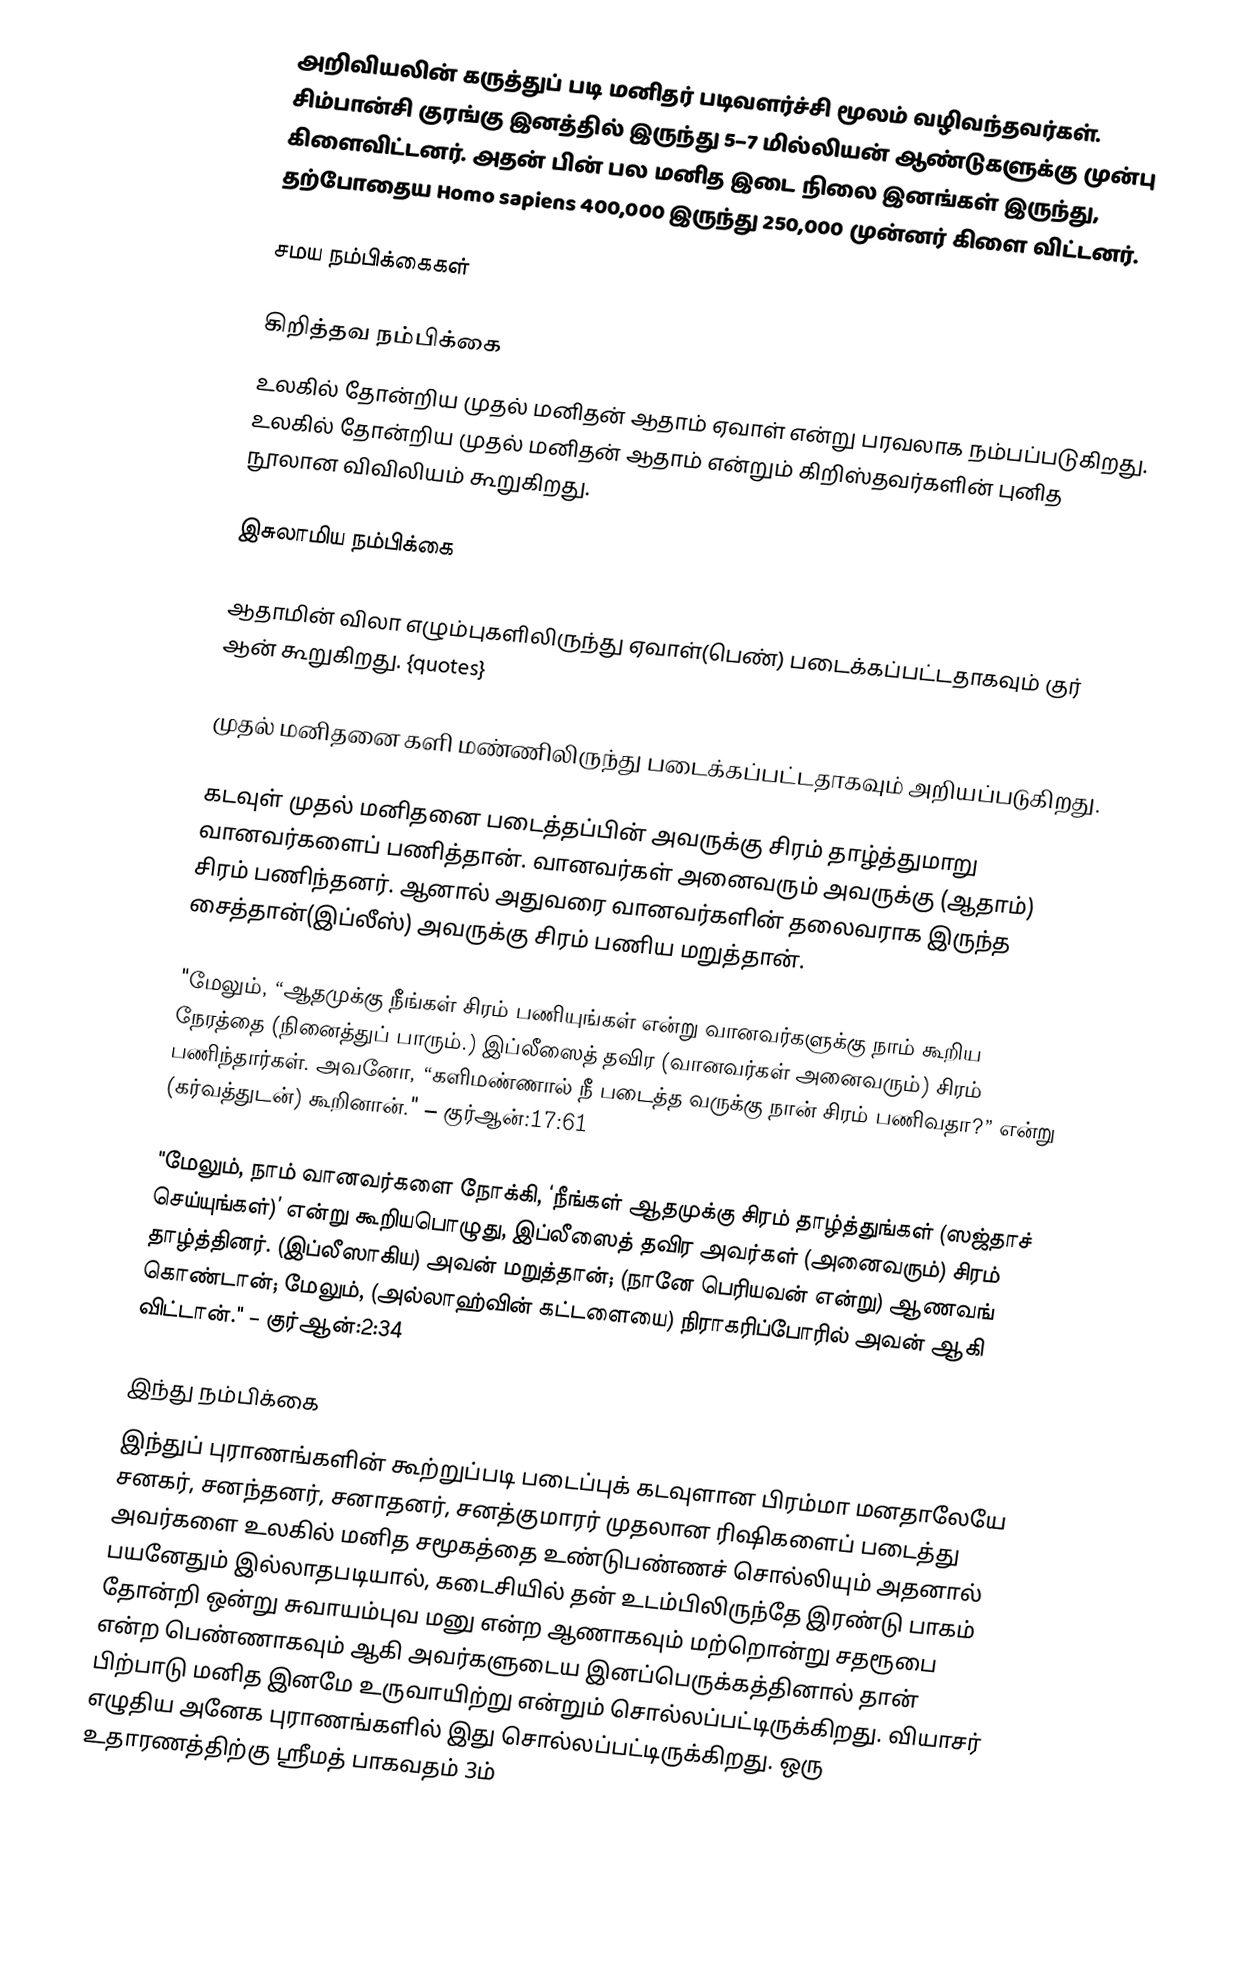
அறிவியலின் கருத்துப் படி மனிதர் படிவளர்ச்சி மூலம் வழிவந்தவர்கள். சிம்பான்சி குரங்கு இனத்தில் இருந்து 5–7 மில்லியன் ஆண்டுகளுக்கு முன்பு கிளைவிட்டனர். அதன் பின் பல மனித இடை நிலை இனங்கள் இருந்து, தற்போதைய Homo sapiens 400,000 இருந்து 250,000 முன்னர் கிளை விட்டனர்.

சமய நம்பிக்கைகள்

கிறித்தவ நம்பிக்கை
உலகில் தோன்றிய முதல் மனிதன் ஆதாம் ஏவாள் என்று பரவலாக நம்பப்படுகிறது. உலகில் தோன்றிய முதல் மனிதன் ஆதாம் என்றும் கிறிஸ்தவர்களின் புனித நூலான விவிலியம் கூறுகிறது.

இசுலாமிய நம்பிக்கை

ஆதாமின் விலா எழும்புகளிலிருந்து ஏவாள்(பெண்) படைக்கப்பட்டதாகவும் குர் ஆன் கூறுகிறது. {quotes}

முதல் மனிதனை களி மண்ணிலிருந்து படைக்கப்பட்டதாகவும் அறியப்படுகிறது.

கடவுள் முதல் மனிதனை படைத்தப்பின் அவருக்கு சிரம் தாழ்த்துமாறு வானவர்களைப் பணித்தான். வானவர்கள் அனைவரும் அவருக்கு (ஆதாம்) சிரம் பணிந்தனர். ஆனால் அதுவரை வானவர்களின் தலைவராக இருந்த சைத்தான்(இப்லீஸ்) அவருக்கு சிரம் பணிய மறுத்தான்.

"மேலும், “ஆதமுக்கு நீங்கள் சிரம் பணியுங்கள் என்று வானவர்களுக்கு நாம் கூறிய நேரத்தை (நினைத்துப் பாரும்.) இப்லீஸைத் தவிர (வானவர்கள் அனைவரும்) சிரம் பணிந்தார்கள். அவனோ, “களிமண்ணால் நீ படைத்த வருக்கு நான் சிரம் பணிவதா?” என்று (கர்வத்துடன்) கூறினான்." – குர்ஆன்:17:61

"மேலும், நாம் வானவர்களை நோக்கி, ‘நீங்கள் ஆதமுக்கு சிரம் தாழ்த்துங்கள் (ஸஜ்தாச் செய்யுங்கள்)’ என்று கூறியபொழுது, இப்லீஸைத் தவிர அவர்கள் (அனைவரும்) சிரம் தாழ்த்தினர். (இப்லீஸாகிய) அவன் மறுத்தான்; (நானே பெரியவன் என்று) ஆணவங் கொண்டான்; மேலும், (அல்லாஹ்வின் கட்டளையை) நிராகரிப்போரில் அவன் ஆகி விட்டான்." – குர்ஆன்:2:34

இந்து நம்பிக்கை
இந்துப் புராணங்களின் கூற்றுப்படி படைப்புக் கடவுளான பிரம்மா மனதாலேயே சனகர், சனந்தனர், சனாதனர், சனத்குமாரர் முதலான ரிஷிகளைப் படைத்து அவர்களை உலகில் மனித சமூகத்தை உண்டுபண்ணச் சொல்லியும் அதனால் பயனேதும் இல்லாதபடியால், கடைசியில் தன் உடம்பிலிருந்தே இரண்டு பாகம் தோன்றி ஒன்று சுவாயம்புவ மனு என்ற ஆணாகவும் மற்றொன்று சதரூபை என்ற பெண்ணாகவும் ஆகி அவர்களுடைய இனப்பெருக்கத்தினால் தான் பிற்பாடு மனித இனமே உருவாயிற்று என்றும் சொல்லப்பட்டிருக்கிறது. வியாசர் எழுதிய அனேக புராணங்களில் இது சொல்லப்பட்டிருக்கிறது. ஒரு உதாரணத்திற்கு ஸ்ரீமத் பாகவதம் 3ம்